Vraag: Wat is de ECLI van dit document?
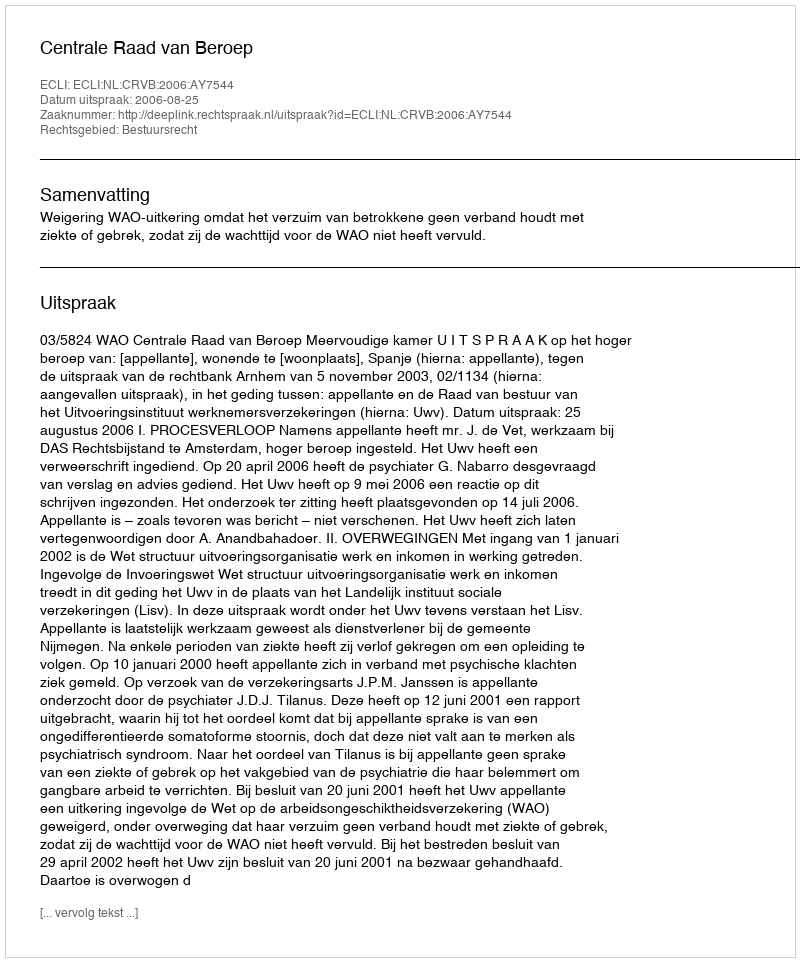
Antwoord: ECLI:NL:CRVB:2006:AY7544